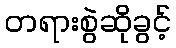
တရားစွဲဆိုခွင့်